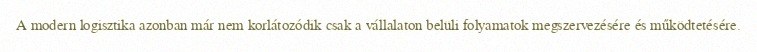
A modern logisztika azonban már nem korlátozódik csak a vállalaton belüli folyamatok megszervezésére és működtetésére.